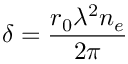
\delta = { \frac { r _ { 0 } \lambda ^ { 2 } n _ { e } } { 2 \pi } }